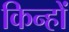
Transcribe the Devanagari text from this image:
किन्हों